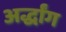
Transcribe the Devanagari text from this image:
अर्द्धांग